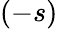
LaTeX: (-s)